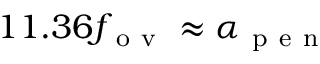
1 1 . 3 6 f _ { \mathrm { ~ o ~ v ~ } } \approx \alpha _ { \mathrm { ~ p ~ e ~ n ~ } }